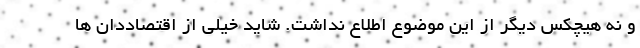
و نه هیچکس دیگر از این موضوع اطلاع نداشت. شاید خیلی از اقتصاددان ها